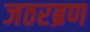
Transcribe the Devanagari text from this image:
जठरब्रण